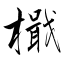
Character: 檝